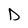
Character: D